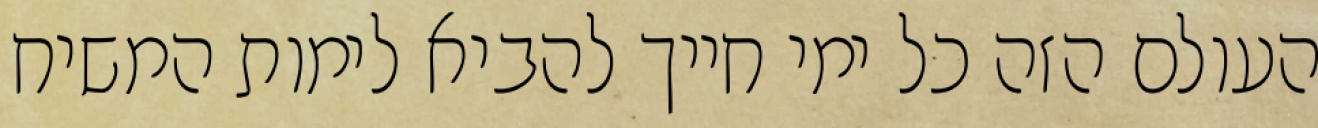
העולם הזה כל ימי חייך להביא לימות המשיח